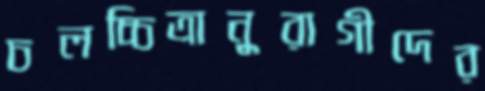
চলচ্চিত্রানুরাগীদের